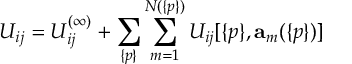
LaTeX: U _ { i j } = U _ { i j } ^ { ( \infty ) } + \sum _ { \{ p \} } \sum _ { m = 1 } ^ { N ( \{ p \} ) } U _ { i j } [ \{ p \} , { \bf a } _ { m } ( \{ p \} ) ]